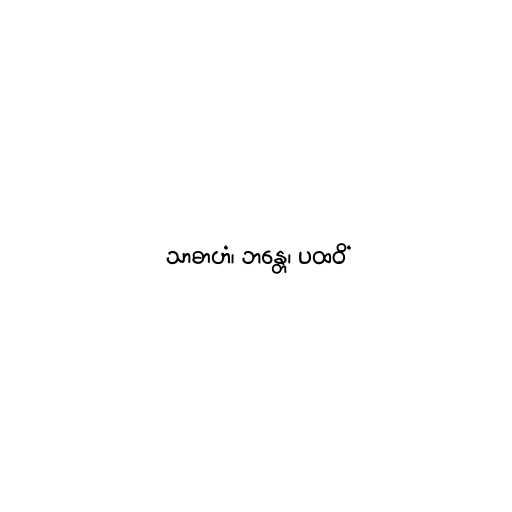
သာဓာဟံ၊ ဘန္တေ၊ ပထဝိံ